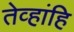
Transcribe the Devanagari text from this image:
तेव्हांहि